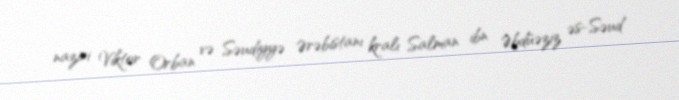
naziri Viktor Orban və Səudiyyə Ərəbistanı kralı Salman ibn Əbdüəziz əs-Səud